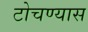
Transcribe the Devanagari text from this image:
टोचण्यास